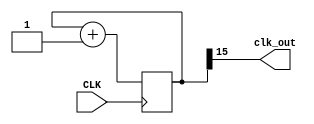
`timescale 1ns / 1ps

module clock_display(
    input CLK,
    output clk_out
);

    reg[15:0] COUNT = 0;
    assign clk_out = COUNT[15];
    
    always @(posedge CLK) begin
        COUNT = COUNT + 1;
    end
endmodule